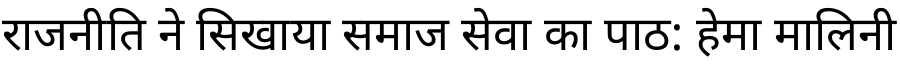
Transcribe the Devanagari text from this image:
राजनीति ने सिखाया समाज सेवा का पाठ: हेमा मालिनी